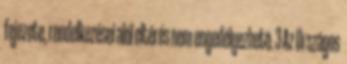
fejezete, rendelkezései alól eltérés nem engedélyezhetõ. 3 Az Országos